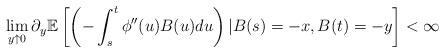
LaTeX: \begin{align*}\lim_{y \uparrow 0} \partial_y \mathbb{E}\left[ \left (-\int_{s}^{t} \phi''(u)B(u)du \right)\vert B(s)=-x, B(t)=-y\right] < \infty\end{align*}